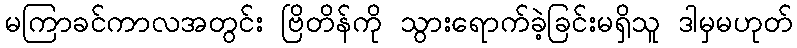
မကြာခင်ကာလအတွင်း ဗြိတိန်ကို သွားရောက်ခဲ့ခြင်းမရှိသူ ဒါမှမဟုတ်